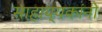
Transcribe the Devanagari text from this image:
साहाय्यकांनी